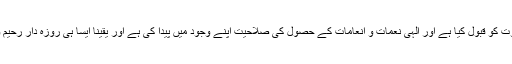
ایسا ہی شخص حقیقی روزہ دار ہے ، جس نے خدا کی دعوت کو قبول کیا ہے اور الٰہی نعمات و انعامات کے حصول کی صلاحیت اپنے وجود میں پیدا کی ہے اور یقینا ایسا ہی روزہ دار رحیم و کریم پروردگار کے فیوض و برکات سے بہرہ مند ہوگا۔